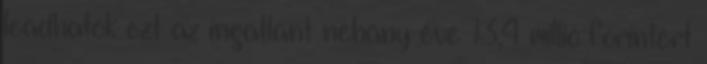
leadhatók ezt az ingatlant néhány éve 13,4 millió forintért